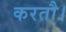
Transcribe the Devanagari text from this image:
करतौ।